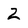
Character: 2